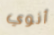
أنوي